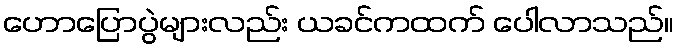
ဟောပြောပွဲများလည်း ယခင်ကထက် ပေါလာသည်။